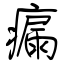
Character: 瘺